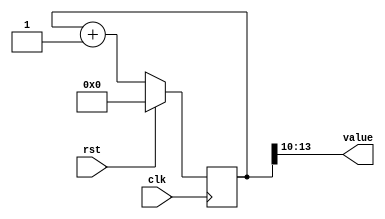
module counter_3 (
    input clk,
    input rst,
    output reg [3:0] value
  );
  
  localparam SIZE = 3'h4;
  localparam DIV = 4'ha;
  localparam TOP = 1'h0;
  localparam UP = 1'h1;
  
  
  reg [13:0] M_ctr_d, M_ctr_q = 1'h0;
  
  localparam MAX_VALUE = 11'h3ff;
  
  always @* begin
    M_ctr_d = M_ctr_q;
    
    value = M_ctr_q[10+3-:4];
    if (1'h1) begin
      M_ctr_d = M_ctr_q + 1'h1;
      if (1'h0 && M_ctr_q == 11'h3ff) begin
        M_ctr_d = 1'h0;
      end
    end else begin
      M_ctr_d = M_ctr_q - 1'h1;
      if (1'h0 && M_ctr_q == 1'h0) begin
        M_ctr_d = 11'h3ff;
      end
    end
  end
  
  always @(posedge clk) begin
    if (rst == 1'b1) begin
      M_ctr_q <= 1'h0;
    end else begin
      M_ctr_q <= M_ctr_d;
    end
  end
  
endmodule